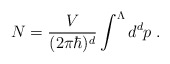
\begin{align*}N = \frac{V}{(2 \pi \hbar)^{d}} \int^{\Lambda} d^{d}p \; . \end{align*}